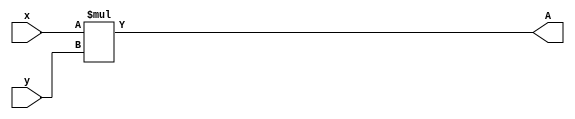
module top
#(parameter X_WIDTH=6, Y_WIDTH=6, A_WIDTH=12)
(
    input [X_WIDTH-1:0] x,
    input [Y_WIDTH-1:0] y,

    output [A_WIDTH-1:0] A,
);
    assign A =  x * y;
endmodule